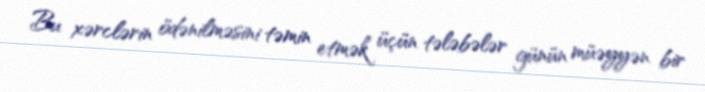
Bu xərclərin ödənilməsini təmin etmək üçün tələbələr günün müəyyən bir